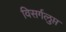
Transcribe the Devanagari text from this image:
विसर्गलुप्त